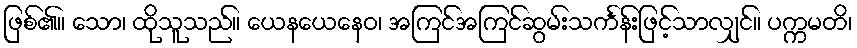
ဖြစ်၏။ သော၊ ထိုသူသည်။ ယေနယေနေဝ၊ အကြင်အကြင်ဆွမ်းသင်္ကန်းဖြင့်သာလျှင်။ ပက္ကမတိ၊